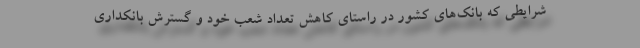
شرایطی که بانک‌های کشور در راستای کاهش تعداد شعب خود و گسترش بانکداری